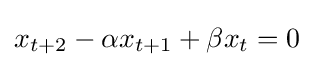
x_{t+2}-\alpha x_{t+1}+\beta x_{t}=0